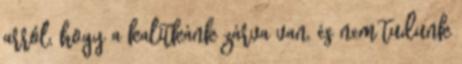
arról, hogy a kalitkánk zárva van, és nem tudunk